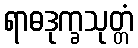
ရာဓဒုက္ခသုတ္တံ